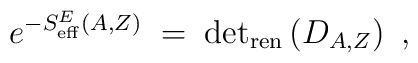
e^{-S_{\rm eff}^E(A,Z)}\;=\; {\rm det}_{\rm ren} \left(  D_{A,Z}\right)~,